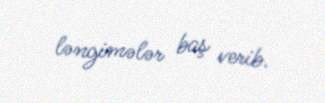
ləngimələr baş verib.